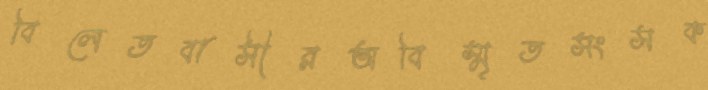
বিলেতবাসীরঅবিস্মৃতসংসক